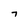
Character: 7